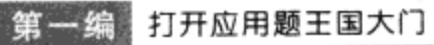
第一编 打开应用题王国大门